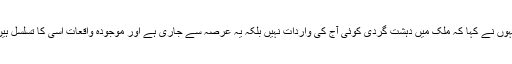
انہوں نے کہا کہ ملک میں دہشت گردی کوئی آج کی واردات نہیں بلکہ یہ عرصہ سے جاری ہے اور موجودہ واقعات اسی کا تسلسل ہیں۔